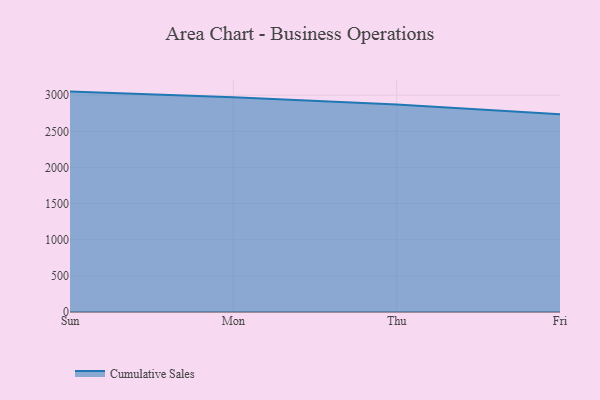
{"axis": {"x": "Day", "y": "Shipments"}, "legend": ["Cumulative Sales"], "data": [{"x": "Sun", "y": 3049.2, "type": "Cumulative Sales"}, {"x": "Mon", "y": 2971.1, "type": "Cumulative Sales"}, {"x": "Thu", "y": 2870.0, "type": "Cumulative Sales"}, {"x": "Fri", "y": 2736.4, "type": "Cumulative Sales"}]}